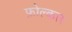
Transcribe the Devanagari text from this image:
फ़ोल्कार